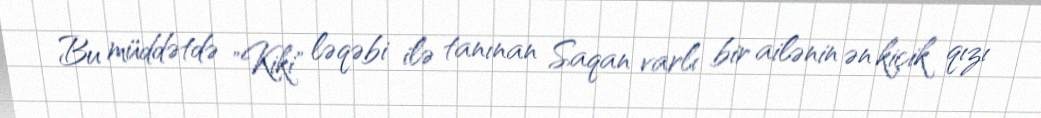
Bu müddətdə "Kiki" ləqəbi ilə tanınan Saqan varlı bir ailənin ən kiçik qızı